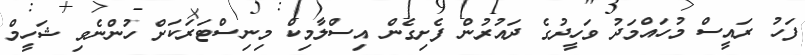
ފަހު ރައީސް މުހައްމަދު ވަހީދުގެ ދައުރުން ފެށިގެން އިސްލާމިކް މިނިސްޓަރަކަށް ހުންނެވި ޝަހީމް